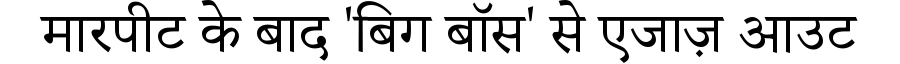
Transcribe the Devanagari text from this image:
मारपीट के बाद 'बिग बॉस' से एजाज़ आउट